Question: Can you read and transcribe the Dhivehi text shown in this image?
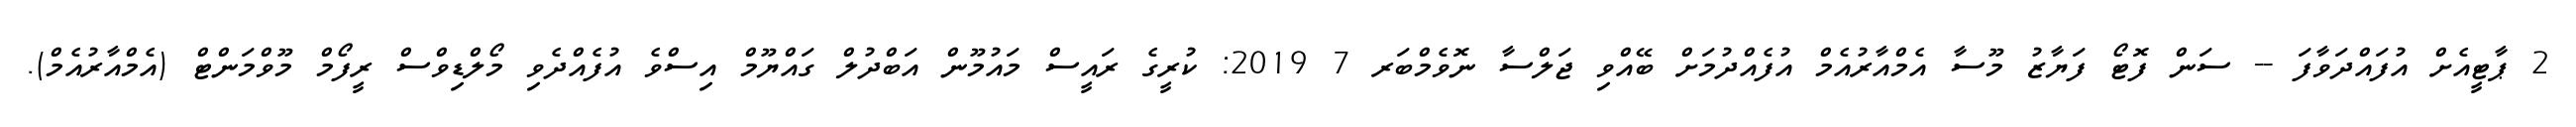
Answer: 2 ޕާޓީއެށް އުފައްދަވާފަ -- ސަން ފޮޓޯ ފަޔާޒު މޫސާ އެމްއާރުއެމް އުފެއްދުމަށް ބޭއްވި ޖަލްސާ ނޮވެމްބަރ 7 2019: ކުރީގެ ރައީސް މައުމޫން އަބްދުލް ގައްޔޫމް އިސްވެ އުފެއްދެވި މޯލްޑިވްސް ރީފޯމް މޫވްމަންޓް (އެމްއާރުއެމް).